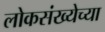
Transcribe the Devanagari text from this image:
लोकसंख्‍येच्‍या